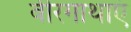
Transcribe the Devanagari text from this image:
वीरगाथाएं